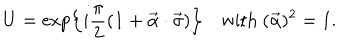
U = \exp \left\{ i \frac { \pi } { 2 } ( { \bf 1 } + \vec { \alpha } \cdot \vec { \sigma } ) \right\} \quad \mathrm { w i t h } \ ( \vec { \alpha } ) ^ { 2 } = 1 .